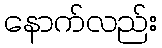
နောက်လည်း